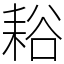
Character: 䎥